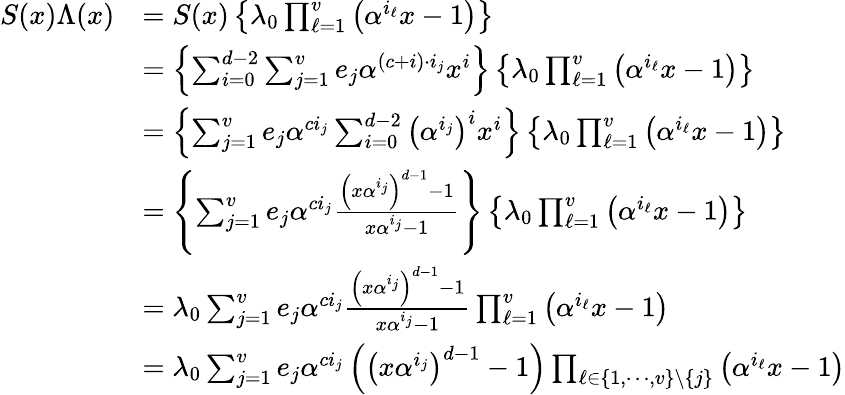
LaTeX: {\begin{array}{rl}{S(x)\Lambda(x)}&{=S(x)\left\{ \lambda_{0}\prod_{\ell=1}^{v}\left(\alpha^{i_{\ell}}x-1\right)\right\} }\\ &{=\left\{ \sum_{i=0}^{d-2}\sum_{j=1}^{v}e_{j}\alpha^{(c+i)\cdot i_{j}}x^{i}\right\} \left\{ \lambda_{0}\prod_{\ell=1}^{v}\left(\alpha^{i_{\ell}}x-1\right)\right\} }\\ &{=\left\{ \sum_{j=1}^{v}e_{j}\alpha^{ci_{j}}\sum_{i=0}^{d-2}\left(\alpha^{i_{j}}\right)^{i}x^{i}\right\} \left\{ \lambda_{0}\prod_{\ell=1}^{v}\left(\alpha^{i_{\ell}}x-1\right)\right\} }\\ &{=\left\{ \sum_{j=1}^{v}e_{j}\alpha^{ci_{j}}{\frac{\left(x\alpha^{i_{j}}\right)^{d-1}-1}{x\alpha^{i_{j}}-1}}\right\} \left\{ \lambda_{0}\prod_{\ell=1}^{v}\left(\alpha^{i_{\ell}}x-1\right)\right\} }\\ &{=\lambda_{0}\sum_{j=1}^{v}e_{j}\alpha^{ci_{j}}{\frac{\left(x\alpha^{i_{j}}\right)^{d-1}-1}{x\alpha^{i_{j}}-1}}\prod_{\ell=1}^{v}\left(\alpha^{i_{\ell}}x-1\right)}\\ &{=\lambda_{0}\sum_{j=1}^{v}e_{j}\alpha^{ci_{j}}\left(\left(x\alpha^{i_{j}}\right)^{d-1}-1\right)\prod_{\ell\in\{ 1,\cdots,v\} \setminus\{ j\} }\left(\alpha^{i_{\ell}}x-1\right)}\end{array}}